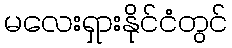
မလေးရှားနိုင်ငံတွင်